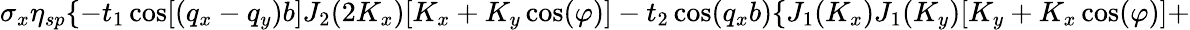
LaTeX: \sigma_{x}\eta_{sp}\{ -t_{1}\cos[(q_{x}-q_{y})b]J_{2}(2K_{x})[K_{x}+K_{y}\cos(\varphi)]-t_{2}\cos(q_{x}b)\{ J_{1}(K_{x})J_{1}(K_{y})[K_{y}+K_{x}\cos(\varphi)]+